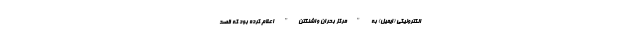
الکترونیکی (ایمیل) به "مرکز بحران واشنگتن" اعلام کرده بود که قصد